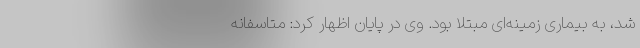
شد، به بیماری زمینه‌ای مبتلا بود. وی در پایان اظهار کرد: متاسفانه